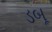
ડબૂ